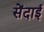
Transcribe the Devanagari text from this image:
सेंदाई